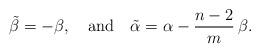
LaTeX: \begin{align*}\tilde\beta=-\beta,\quad\mbox{and}\quad\tilde\alpha=\alpha-\frac{n-2}{m}\,\beta.\end{align*}